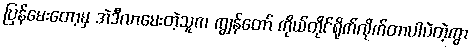
ပြန်မေးတော့မှ အဲဒီလာမေးတဲ့သူက ကျွန်တော် ကိုယ်တိုင်ရိုက်လိုက်တာပါပဲတဲ့ကွာ